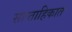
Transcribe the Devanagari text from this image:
साप्‍ताहिकात